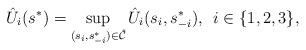
LaTeX: \begin{align*}\hat{U}_{i}(s^{*}) = \sup\limits_{(s_{i},s_{-i}^{*}) \in \hat{\mathcal{C}}}\hat{U}_{i}(s_{i},s_{-i}^{*}), \enskip i \in \{1,2,3\},\end{align*}